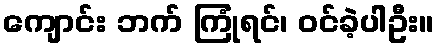
ကျောင်း ဘက် ကြုံရင်၊ ဝင်ခဲ့ပါဦး။